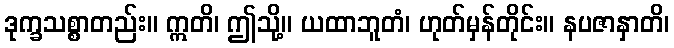
ဒုက္ခသစ္စာတည်း။ ဣတိ၊ ဤသို့။ ယထာဘူတံ၊ ဟုတ်မှန်တိုင်း။ နပဇာနှာတိ၊